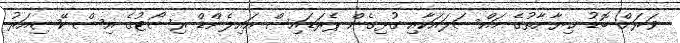
ވަރަށް ބޮޑު ޚިޔާނާތުގެ މައްސަލައަކާއި ގުޅިގެން ޕެރަޑައިސް އައިލެންޑް ރިސޯޓުގެ އިސް ކޭޝިއަރު